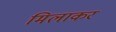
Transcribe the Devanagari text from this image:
मिलाकर